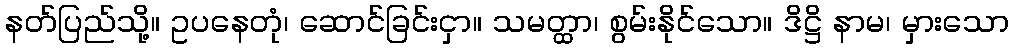
နတ်ပြည်သို့။ ဥပနေတုံ၊ ဆောင်ခြင်းငှာ။ သမတ္ထာ၊ စွမ်းနိုင်သော။ ဒိဋ္ဌိ နာမ၊ မှားသော